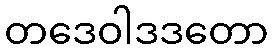
တဒေဝါဒဒတော